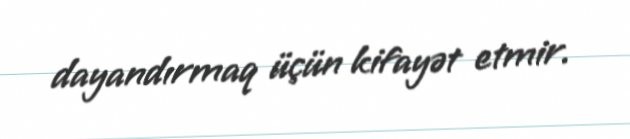
dayandırmaq üçün kifayət etmir.